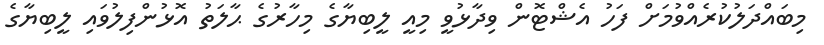
މިބައްދަލުކުރެއްވުމަށް ފަހު އެޝްޓޮން ވިދާޅުވީ މިއީ ލީބިޔާގެ މިހާރުގެ ޙާލަތު އޮޅުންފިލުވައި ލީބިޔާގެ